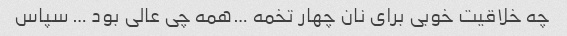
چه خلاقیت خوبی برای نان چهار تخمه …همه چی عالی بود … سپاس